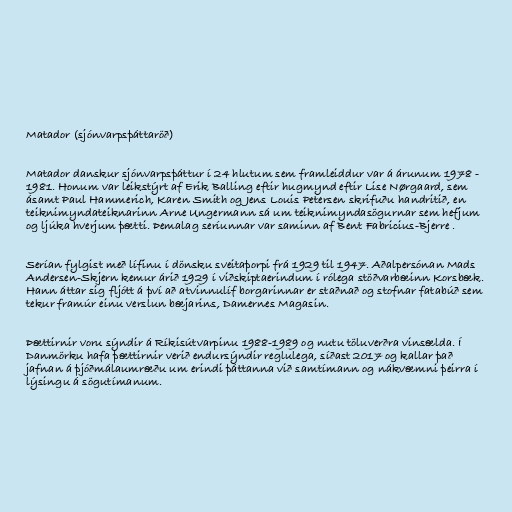
Matador (sjónvarpsþáttaröð)

Matador danskur sjónvarpsþáttur í 24 hlutum sem framleiddur var á árunum 1978 -
1981. Honum var leikstýrt af Erik Balling eftir hugmynd eftir Lise Nørgaard, sem
ásamt Paul Hammerich, Karen Smith og Jens Louis Petersen skrifuðu handritið, en
teiknimyndateiknarinn Arne Ungermann sá um teiknimyndasögurnar sem hefjum
og ljúka hverjum þætti. Þemalag seríunnar var saminn af Bent Fabricius-Bjerre .

Serían fylgist með lífinu í dönsku sveitaþorpi frá 1929 til 1947. Aðalpersónan Mads
Andersen-Skjern kemur árið 1929 í viðskiptaerindum í rólega stöðvarbæinn Korsbæk.
Hann áttar sig fljótt á því að atvinnulíf borgarinnar er staðnað og stofnar fatabúð sem
tekur framúr einu verslun bæjarins, Damernes Magasin.

Þættirnir voru sýndir á Ríkisútvarpinu 1988-1989 og nutu töluverðra vinsælda. Í
Danmörku hafa þættirnir verið endursýndir reglulega, síðast 2017 og kallar það
jafnan á þjóðmálaumræðu um erindi þáttanna við samtímann og nákvæmni þeirra í
lýsingu á sögutímanum.